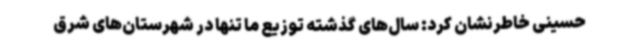
حسینی خاطرنشان کرد: سال‌های گذشته توزیع ما تنها در شهرستان‌های شرق